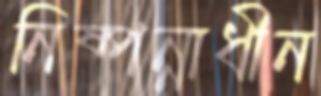
নিষ্পন্নাধীন